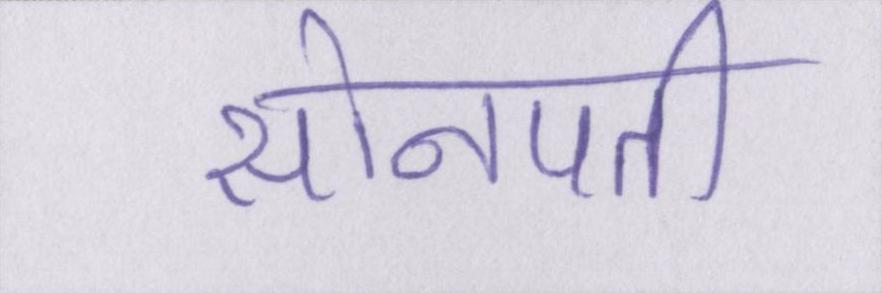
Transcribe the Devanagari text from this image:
सोनपती